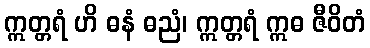
ဣတ္တရံ ဟိ ဓနံ ဓညံ၊ ဣတ္တရံ ဣဓ ဇီဝိတံ